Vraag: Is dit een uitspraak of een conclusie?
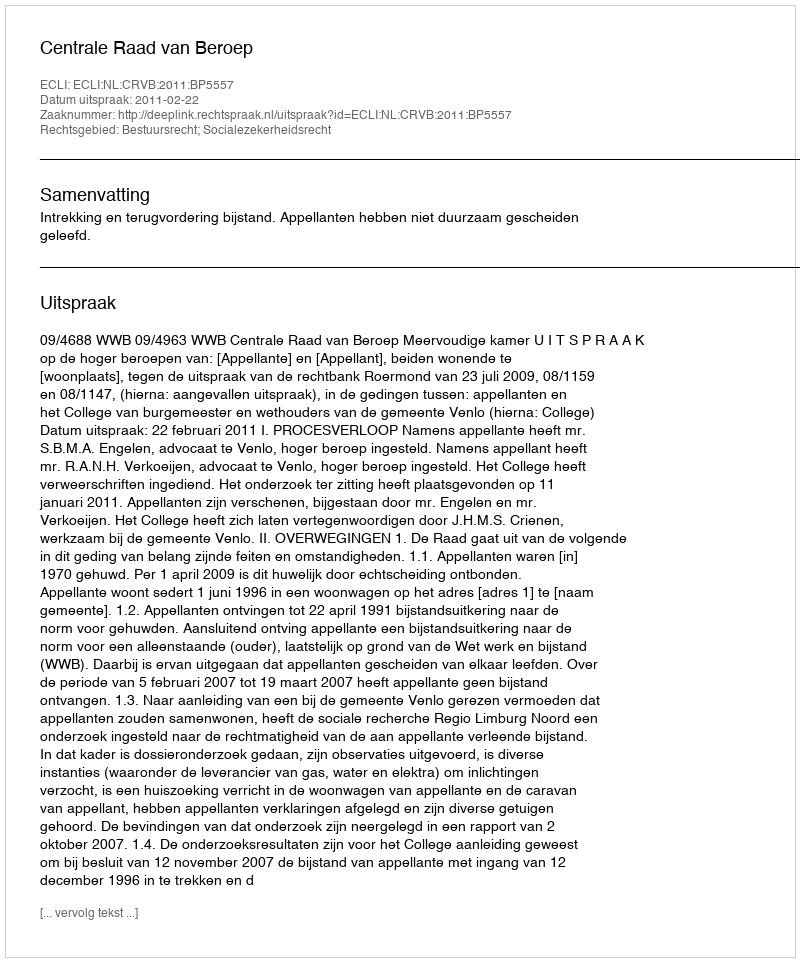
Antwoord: Uitspraak